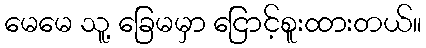
မေမေ သူ့ ခြေမမှာ ငြောင့်စူးထားတယ်။